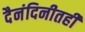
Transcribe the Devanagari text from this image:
दैनंदिनीतही